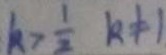
k > \frac { 1 } { 2 } k \neq 1